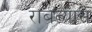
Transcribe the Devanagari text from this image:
राबत्यास